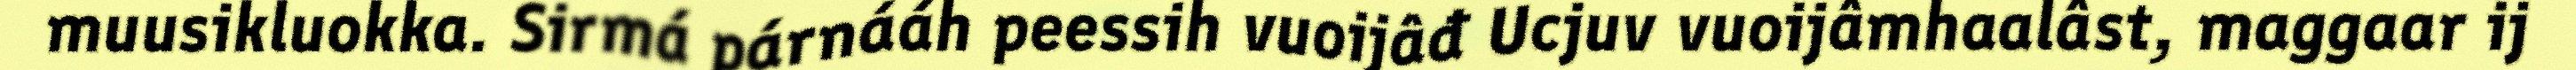
muusikluokka. Sirmá párnááh peessih vuoijâđ Ucjuv vuoijâmhaalâst, maggaar ij